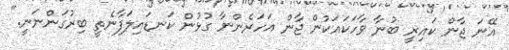
އޭނަ ޖާން ކައިރީ ބުނާ ވާހަކައަކުން ޖާން އަހަރެންނާ ގުޅުން ކަނޑައިލަފާނެތީ ބިރުގަންނަނީ."